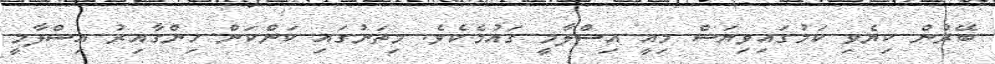
ބޭރުން ކިޔެވި ކަމުގައިވިޔަސް މިއީ އިސްލާމީ ގައުމެކެވެ. މިތަނުގައި ކަންކަން ހިންގާއިރު އިސްލާމީ